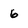
Character: 6